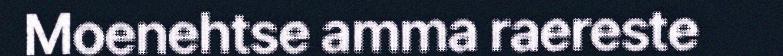
Moenehtse amma raereste